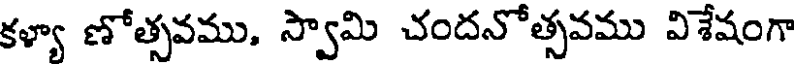
కళ్యా ణోత్సవము, స్వామి చందనోత్సవము విశేషంగా